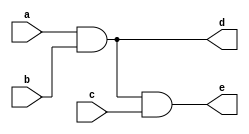
module tutorial4(
    input a,
    input b,
    input c,
    output reg d,
    output reg e
);

initial d = 0;
//d'nin balang deeri belirlenir

always @(a,b,c) 
begin
    d <= a & b;
    e <= d & c;
    //non blocking assignment
    //d'yi bulma ve e'yi bulma ilemlerini ayn anda yapar
    //e'yi bulurken d'nin eski deerini kullanr
end

endmodule